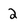
Character: 2